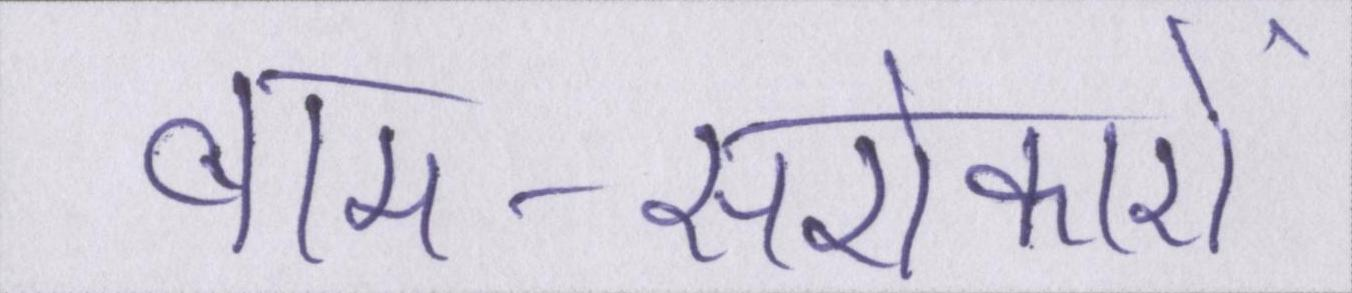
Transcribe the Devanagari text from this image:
वाम-सरोकारों